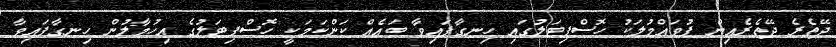
ދޭތެރެ ދޭތެރެއިން ފުވައްމުލަކު ހޮސްޕިޓަލުގައި ހިނގާފައިވާ ބައެއް ކަންކަމަކީ ހޮސްޕިޓަލުގެ އިހުމާލުން ހިނގާފައިވާ